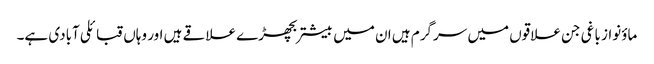
ماؤنواز باغی جن علاقوں میں سرگرم ہیں ان میں بیشتربچھڑے علاقے ہیں اور وہاں قبائلی آبادی ہے۔